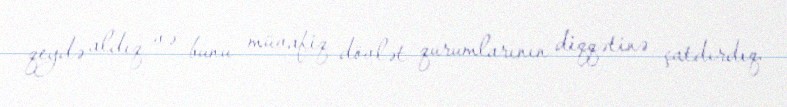
qeydə aldıq və bunu müvafiq dövlət qurumlarının diqqətinə çatdırdıq.